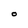
Character: O